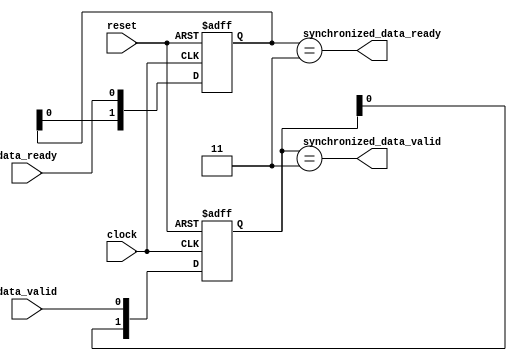
module timing_control_sync (
    input wire clock,
    input wire reset,
    input wire data_valid,
    input wire data_ready,
    output reg synchronized_data_valid,
    output reg synchronized_data_ready
);

// Synchronize data_valid signal
reg [1:0] data_valid_ff;
always @(posedge clock or posedge reset) begin
    if (reset) begin
        data_valid_ff <= 2'b0;
    end else begin
        data_valid_ff <= {data_valid_ff[0], data_valid};
    end
end

assign synchronized_data_valid = (data_valid_ff == 2'b11);

// Synchronize data_ready signal
reg [1:0] data_ready_ff;
always @(posedge clock or posedge reset) begin
    if (reset) begin
        data_ready_ff <= 2'b0;
    end else begin
        data_ready_ff <= {data_ready_ff[0], data_ready};
    end
end

assign synchronized_data_ready = (data_ready_ff == 2'b11);

endmodule